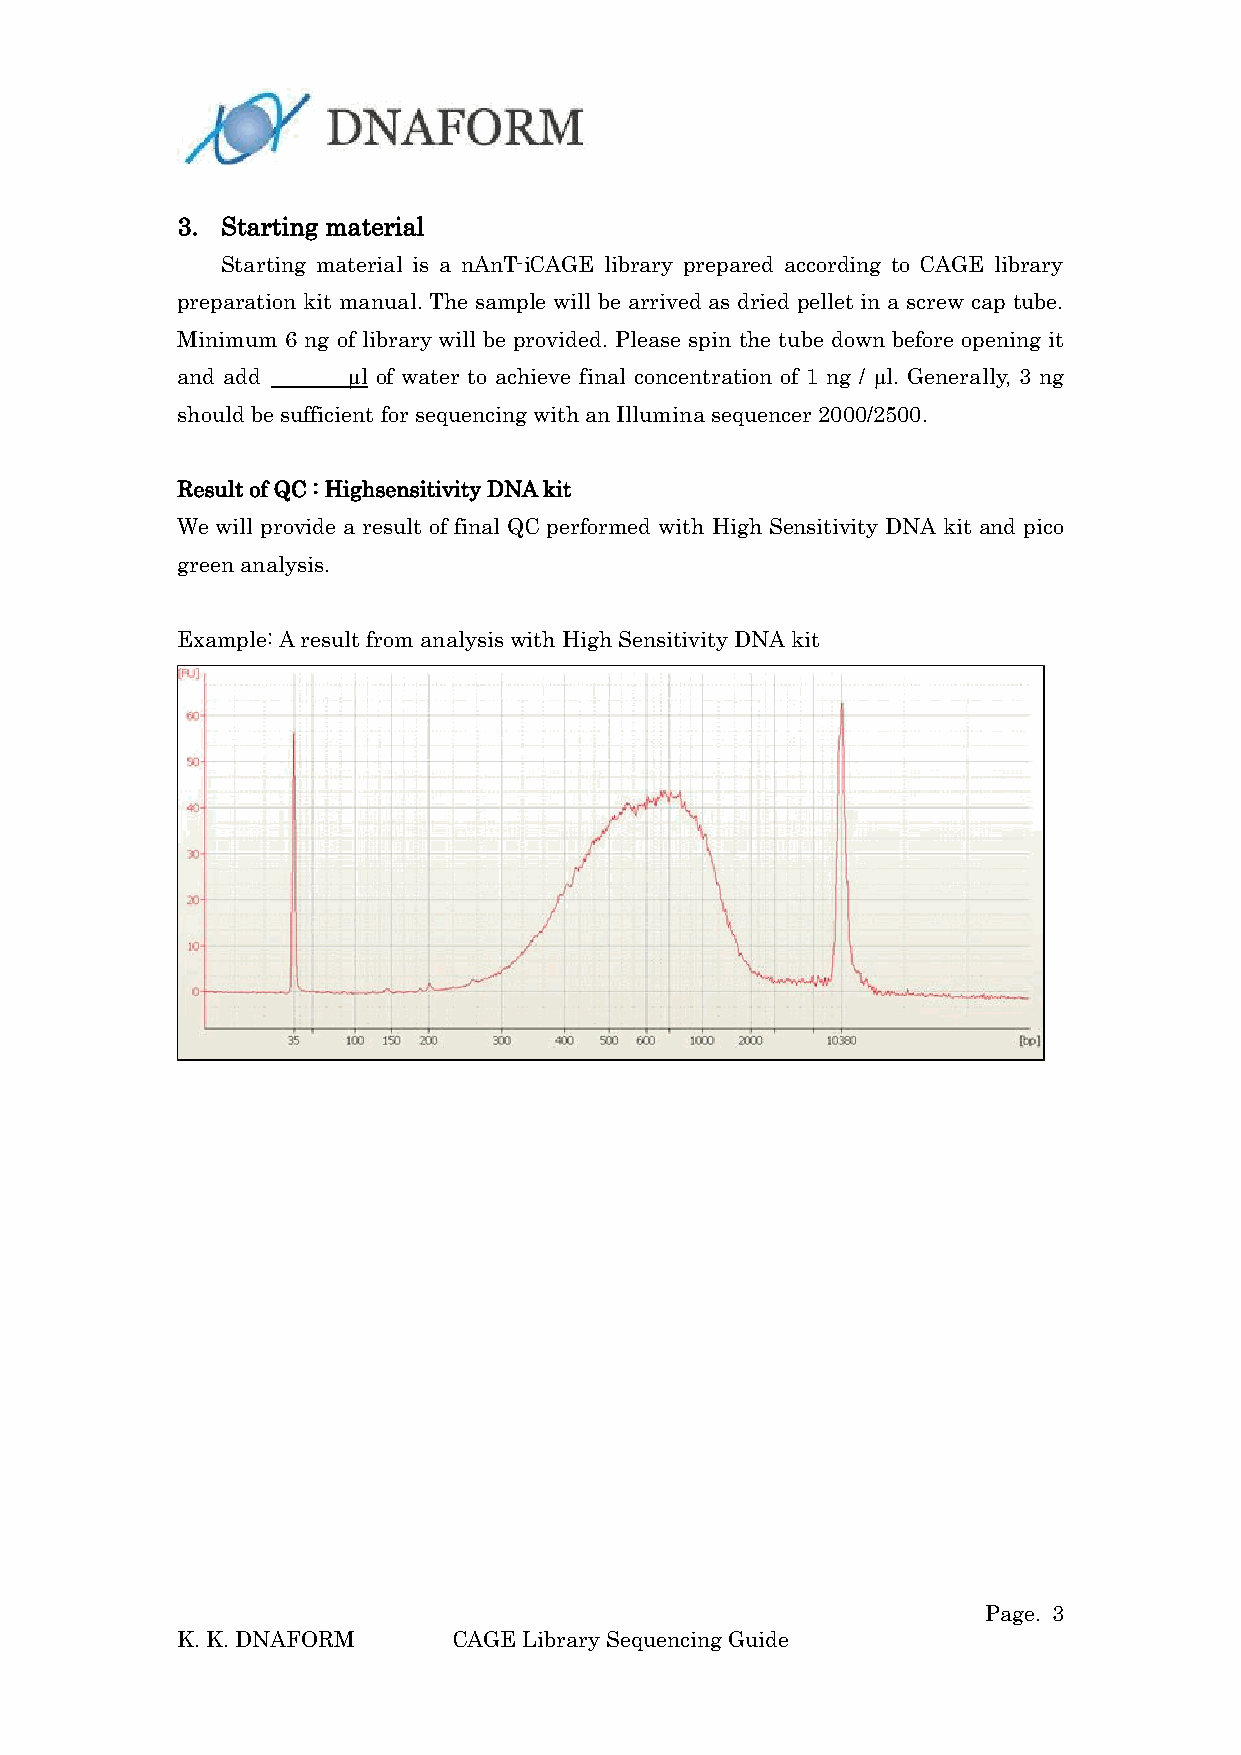
3. Starting material
 Starting material is a nAnT-iCAGE library prepared according to CAGE library
 preparation kit manual. The sample will be arrived as dried pellet in a screw cap tube.
 Minimum 6 ng of library will be provided. Please spin the tube down before opening it
 and add    µl of water to achieve final concentration of 1 ng / µl. Generally, 3 ng
 should be sufficient for sequencing with an Illumina sequencer 2000/2500.
 Result of QC : Highsensitivity DNA kit
 We will provide a result of final QC performed with High Sensitivity DNA kit and pico
 green analysis.
 Example: A result from analysis with High Sensitivity DNA kit
 Page. 3
 K. K. DNAFORM     CAGE Library Sequencing Guide